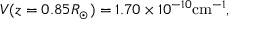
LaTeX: V ( z = 0 . 8 5 R _ { \odot } ) = 1 . 7 0 \times 1 0 ^ { - 1 0 } \mathrm { c m } ^ { - 1 } ,